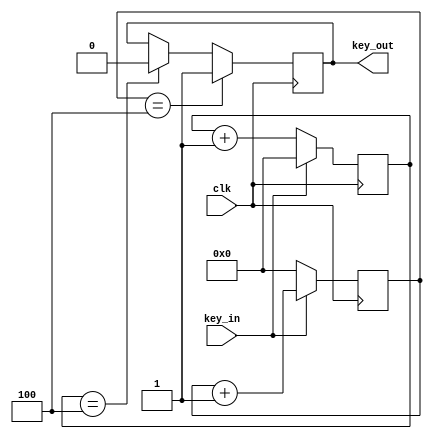
module glitch_filter(
    input clk, key_in,
    output key_out
);
    reg [21:0] count_low;
    reg [21:0] count_high;
    reg key_out_reg;
    always @(posedge clk)
        if(key_in ==1'b0)
            count_low <= count_low + 1;
        else
            count_low <= 0;
    always @(posedge clk)
        if(key_in ==1'b1)
            count_high <= count_high + 1;
        else
            count_high <= 0;
    always @(posedge clk)
        if(count_high == 4)
            key_out_reg <= 1;
        else if(count_low == 4)
            key_out_reg <= 0;
    assign key_out = key_out_reg;
endmodule